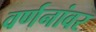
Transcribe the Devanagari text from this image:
वर्णनांवर